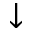
\downarrow